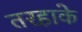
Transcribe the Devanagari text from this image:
तरहाके